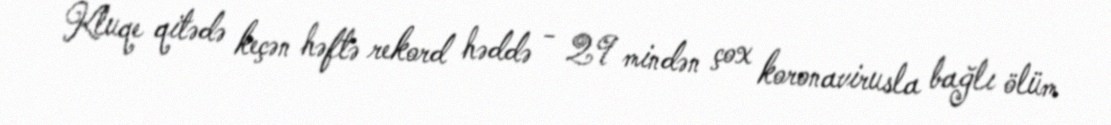
Kluqe qitədə keçən həftə rekord həddə - 29 mindən çox koronavirusla bağlı ölüm